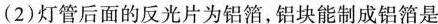
(2)灯管后面的反光片为铝箔，铝块能制成铝箔是